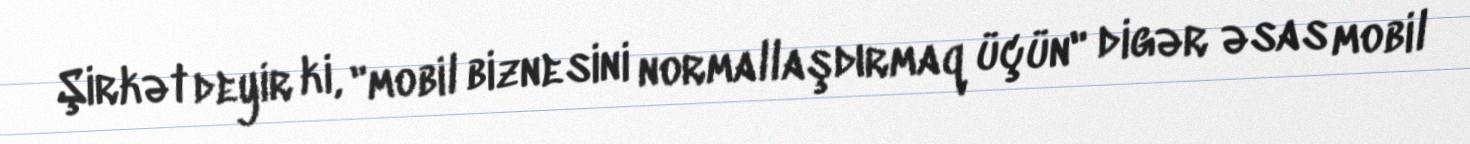
Şirkət deyir ki, "mobil biznesini normallaşdırmaq üçün" digər əsas mobil